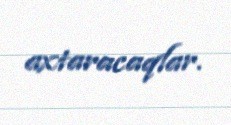
axtaracaqlar.